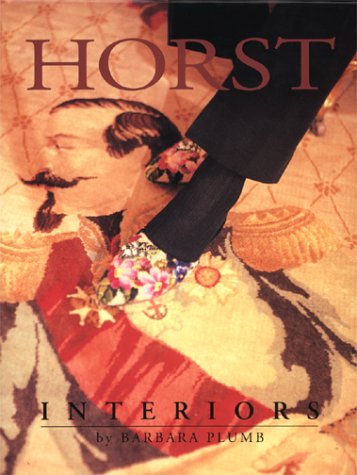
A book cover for Horst: Interiors; Barbara Plumb; Arts & Photography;